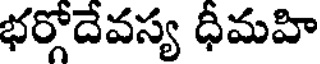
భర్గోదేవస్య ధీమహి